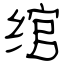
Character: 绾